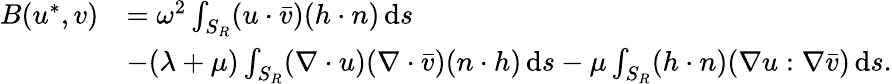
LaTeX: \begin{array}{rl}{B(u^{*},v)}&{=\omega^{2}\int_{S_{R}}(u\cdot\bar{v})(h\cdot n)\, \mathrm{d}s}\\ &{-(\lambda+\mu)\int_{S_{R}}(\nabla\cdot u)(\nabla\cdot\bar{v})(n\cdot h)\, \mathrm{d}s-\mu\int_{S_{R}}(h\cdot n)(\nabla u:\nabla\bar{v})\, \mathrm{d}s.}\end{array}